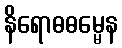
နိရောဓဓမ္မေန